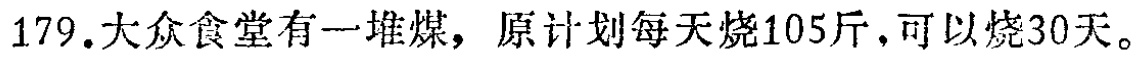
179.大众食堂有一堆煤，原计划每天烧105斤，可以烧30天。